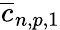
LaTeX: \overline{{c}}_{{n,p,1}}